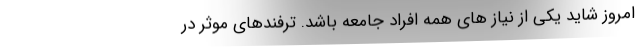
امروز شاید یکی از نیاز های همه افراد جامعه باشد. ترفندهای موثر در